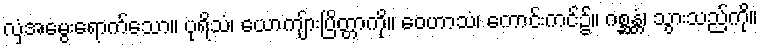
လှံအမွေးရောက်သော။ ပုရိသံ၊ ယောကျ်ားပြိတ္တာကို။ ဝေဟာသံ၊ ကောင်းကင်၌။ ဂစ္ဆန္တံ၊ သွားသည်ကို။